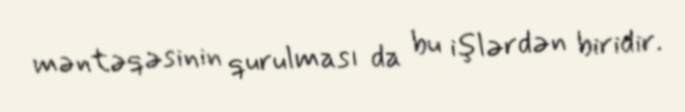
məntəqəsinin qurulması da bu işlərdən biridir.